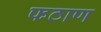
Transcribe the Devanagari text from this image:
फठाण